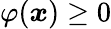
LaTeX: \varphi({\boldsymbol{\mathit{x}}})\geq0